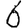
Digit: 6